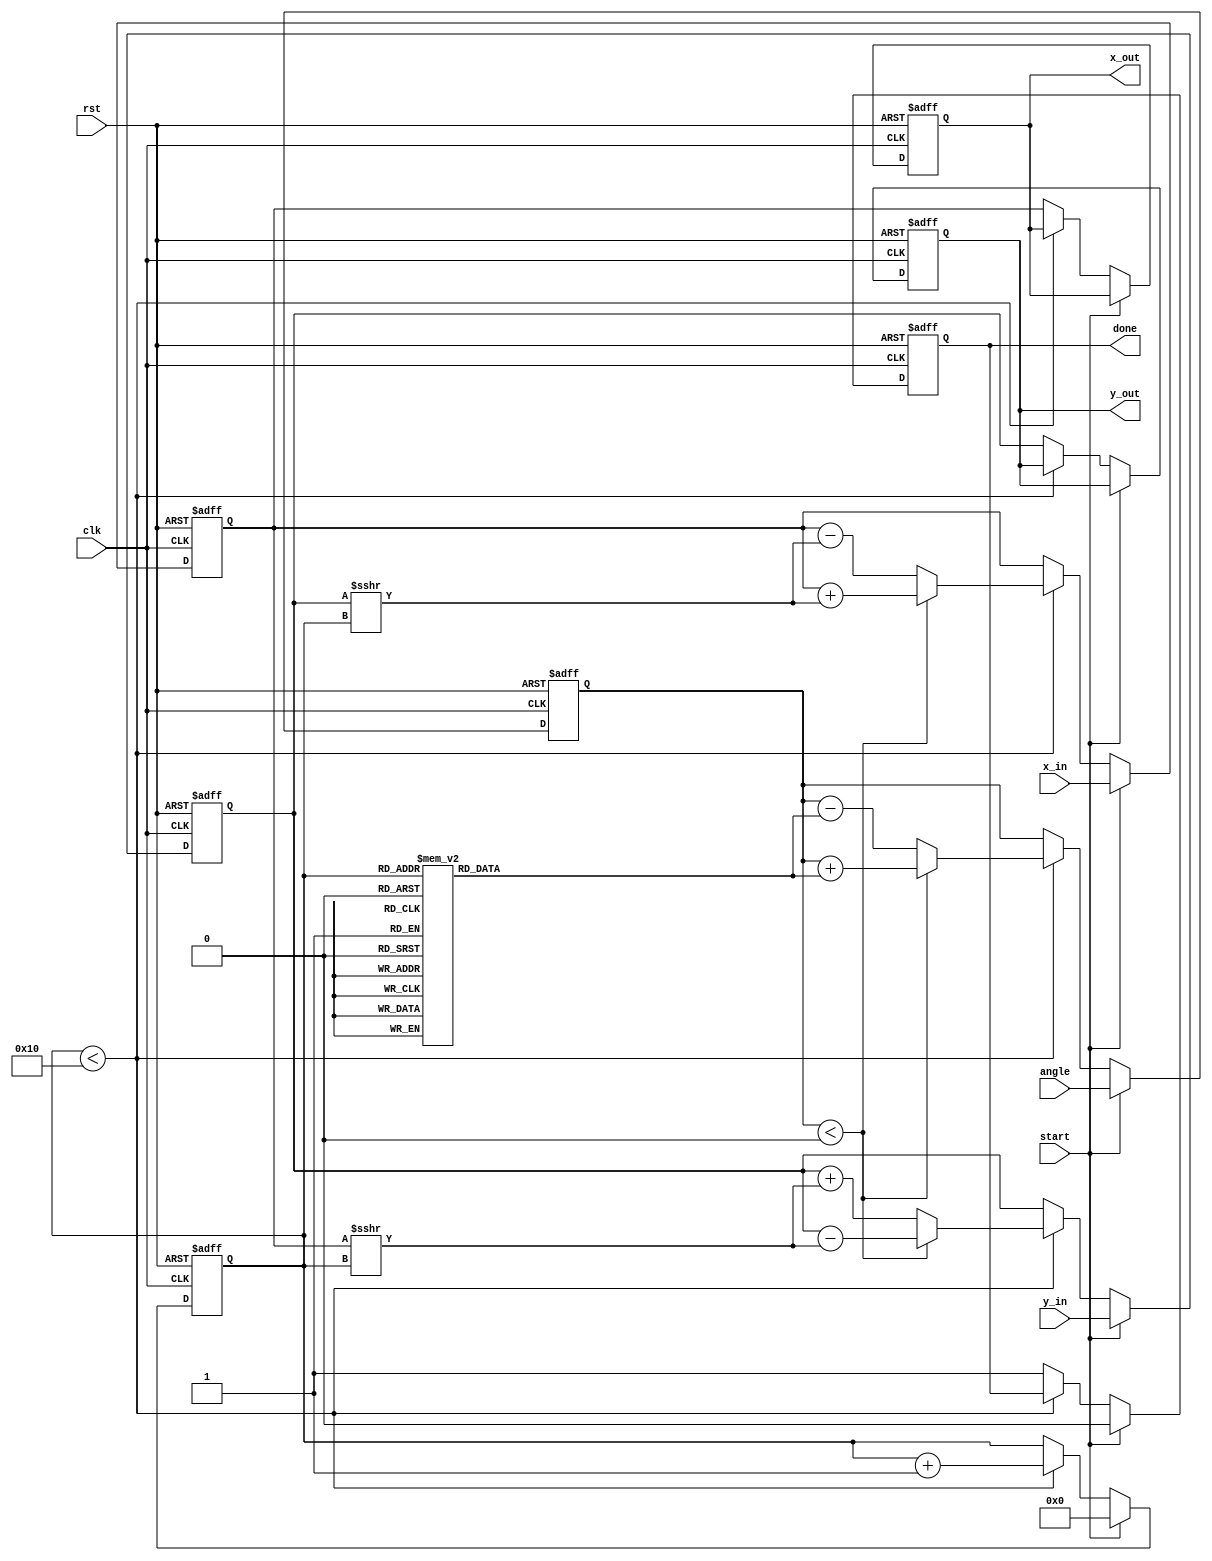
module cordic_2d (
    input wire clk,
    input wire rst,
    input wire start,
    input wire [15:0] angle,          // Input angle in degrees (fixed-point)
    input wire [15:0] x_in,           // Input x-coordinate
    input wire [15:0] y_in,           // Input y-coordinate
    output reg [15:0] x_out,          // Output x-coordinate
    output reg [15:0] y_out,          // Output y-coordinate
    output reg done                   // Done signal
);

// CORDIC parameters
parameter NUM_ITERATIONS = 16;      // Number of iterations for precision
reg [15:0] atan_lut [0:NUM_ITERATIONS-1];  // LUT for arctangent values
reg [15:0] x, y, z;                  // Internal registers for computation
reg [3:0] iteration;                  // Iteration counter

// Initialize arctangent values (in fixed-point)
initial begin
    atan_lut[0] = 16'h2000; // atan(2^0) = 0.7854 (in fixed-point)
    atan_lut[1] = 16'h1400; // atan(2^-1) = 0.4636
    atan_lut[2] = 16'h0A00; // atan(2^-2) = 0.2449
    atan_lut[3] = 16'h0500; // atan(2^-3) = 0.1244
    atan_lut[4] = 16'h0280; // atan(2^-4) = 0.0624
    atan_lut[5] = 16'h0140; // atan(2^-5) = 0.0312
    atan_lut[6] = 16'h00A0; // atan(2^-6) = 0.0156
    atan_lut[7] = 16'h0050; // atan(2^-7) = 0.0078
    atan_lut[8] = 16'h0028; // atan(2^-8) = 0.0039
    atan_lut[9] = 16'h0014; // atan(2^-9) = 0.0019
    atan_lut[10] = 16'h000A; // atan(2^-10) = 0.00098
    atan_lut[11] = 16'h0005; // atan(2^-11) = 0.00049
    atan_lut[12] = 16'h0002; // atan(2^-12) = 0.00024
    atan_lut[13] = 16'h0001; // atan(2^-13) = 0.00012
    atan_lut[14] = 16'h0001; // atan(2^-14) = 0.00006
    atan_lut[15] = 16'h0000; // atan(2^-15) = 0.00003
end

// State machine for CORDIC operation
always @(posedge clk or posedge rst) begin
    if (rst) begin
        iteration <= 0;
        x <= 0;
        y <= 0;
        z <= 0;
        done <= 0;
        x_out <= 0;
        y_out <= 0;
    end else if (start) begin
        // Load initial values
        x <= x_in;
        y <= y_in;
        z <= angle;
        iteration <= 0;
        done <= 0;
    end else if (iteration < NUM_ITERATIONS) begin
        // CORDIC rotation algorithm
        if (z < 0) begin
            // Rotate clockwise
            x <= x + (y >>> iteration);
            y <= y - (x >>> iteration);
            z <= z + atan_lut[iteration];
        end else begin
            // Rotate counter-clockwise
            x <= x - (y >>> iteration);
            y <= y + (x >>> iteration);
            z <= z - atan_lut[iteration];
        end
        iteration <= iteration + 1;
    end else begin
        // Operation complete
        x_out <= x;
        y_out <= y;
        done <= 1;
    end
end

endmodule